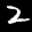
Label: 2